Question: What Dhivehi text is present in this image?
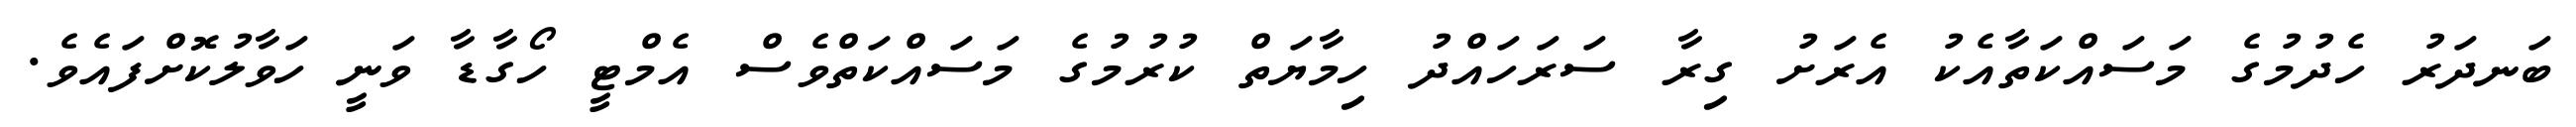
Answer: ބަނދަރު ހެދުމުގެ މަސައްކަތާއެކު އެރަށު ގިރާ ސަރަހައްދު ހިމާޔަތް ކުރުމުގެ މަސައްކަތްވެސް އެމްޓީ ހޯގާޑާ ވަނީ ހަވާލުކޮށްފައެވެ.